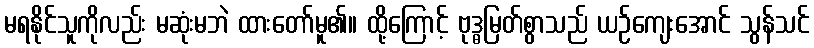
မရနိုင်သူကိုလည်း မဆုံးမဘဲ ထားတော်မူ၏။ ထို့ကြောင့် ဗုဒ္ဓမြတ်စွာသည် ယဉ်ကျေးအောင် သွန်သင်